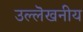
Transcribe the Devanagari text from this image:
उल्लॆखनीय